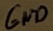
Text: GND